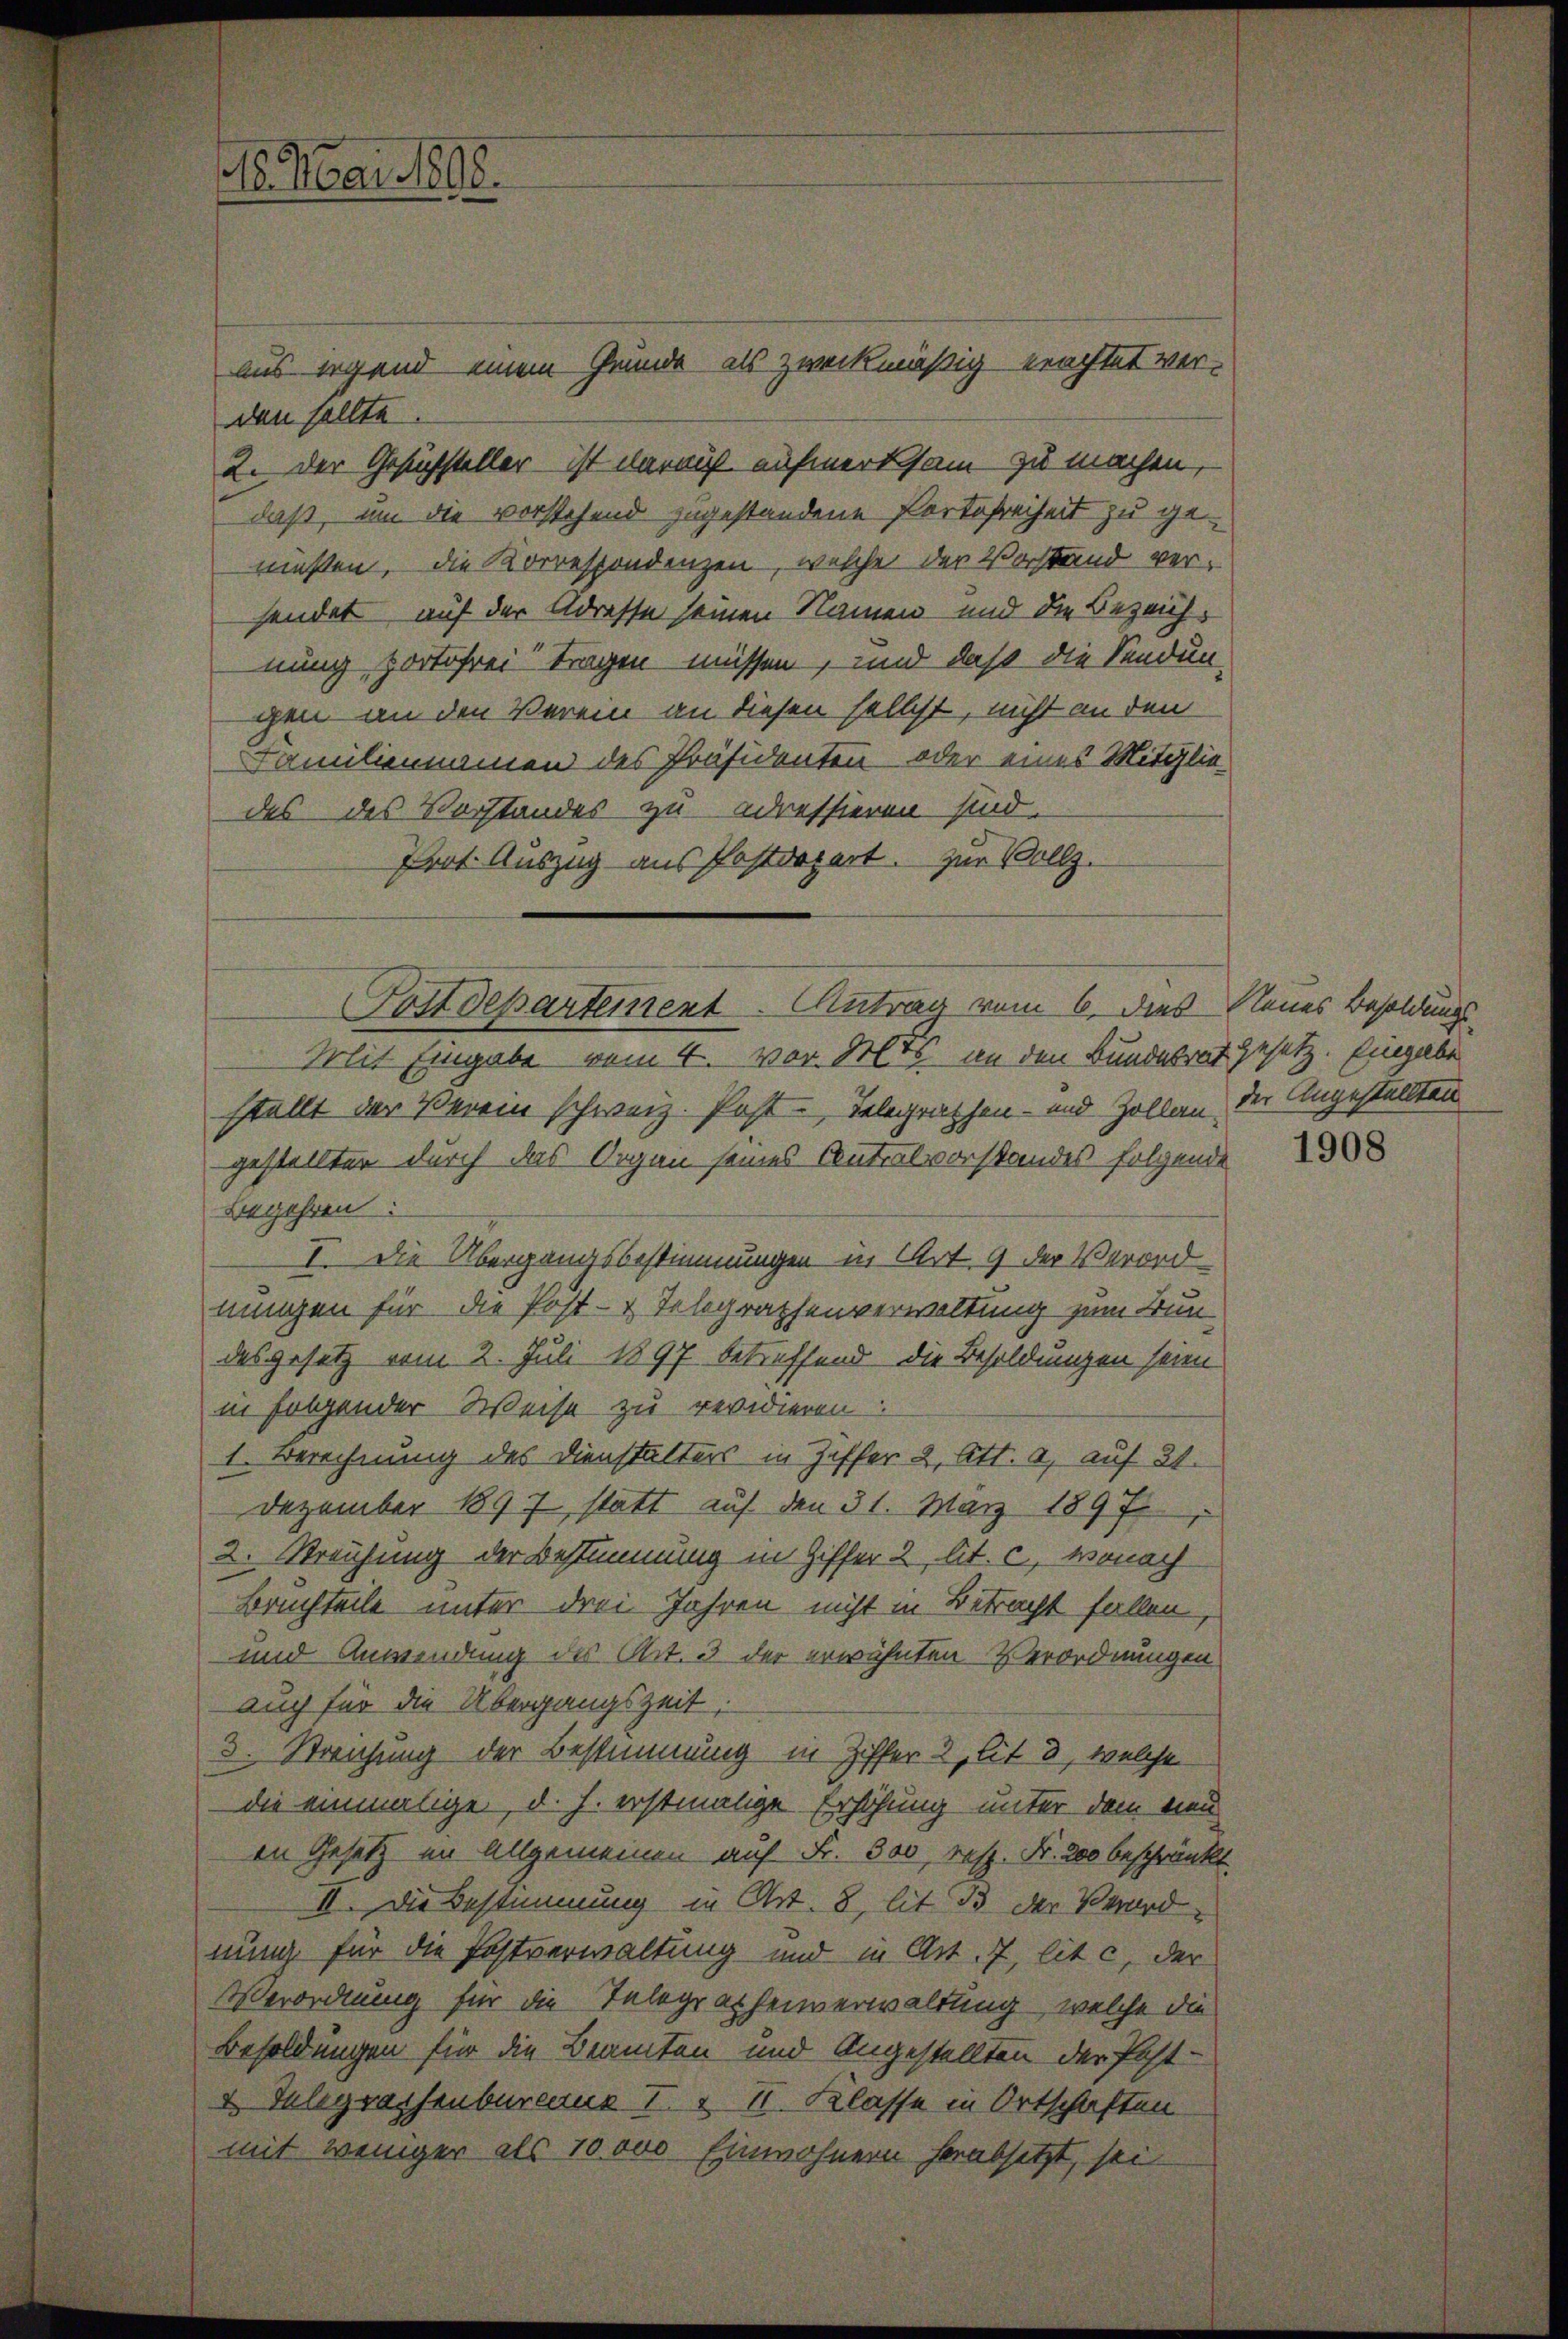
16. Mai 1898.

aus irgend einem Grunde als zweckmäßig erachtet ver-
den sollte.
2. der Gesuchsteller – ist darauf aufmerksam zu machen,
daß, um die vorstehend zugestandene Portofreiheit zu gemüßen, die Korrespondenzen, welche der Vorstand ver-
sendet auf der Adresse seinen Namen und die Bezeichnung portofrei tragen müssen, und daß die Sendun-
gen an den Verein an diesen selbst, nicht an den
Familiennamen des Präsidenten oder eines Mitgliedes des Vorstandes zu adressieren sind.
Prot. Auszug aus Postdepart. zur Vollz.
stellt der Verein schweiz. Post-Telegrathen- und Zollau der Angestellten
gestellter durch das Organ seines Contralvorstandes folgende
Begehren
I. Die Übergangsbestimmungen in Art. 9 der Verord-
nungen für die Post- & Telegraphenverwaltung zum Bun-
desgesetz vom 2. Juli 1897 betreffend die Besoldungen seien
in folgender Weise zu revidieren.
I. Berechnung des Dienstalters in Ziffer 2. Att. a, auf 31.
Dezember 1897, statt auf den 31. März 1897
2. Streichung der Bestimmung in Ziffer 2, lit. c, wonach
Bruchteile unter drei Jahren nicht in Betracht fallen
und Anwendung des Art. 3 der erwähnten Verordnungen
auch für die Übergangszeit,
3. Streichung der Bestimmung in Ziffer 2, lit 3, welche
die einmalige, d. h. erstmalige Erhöhung unter dem neu
en Gesetz im Allgemeinen auf Fr. 500, resp. Fr. 300 beschränkt
II. Die Bestimmung in Art. 8, lit. B. der Verord
nung für die Postverwaltung und in Art. 7, lit. c, der
Verordnung für die Telegraphenverwaltung, welche die
Besoldungen für die Beamten und Angestellten der Post-
& Telegrassenbureaus I. & II. Klasse in Ortschaften
mit weniger als 10000 Einwohnern herabsetzt, sei

Postdepartement - Antrag vom 6. dies Neues Besoldungs-
Mit Eingabe vom 4. vor der an den Bundesrat gesetz. Eingabe

1908